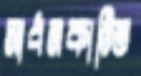
সাধনকান্তি